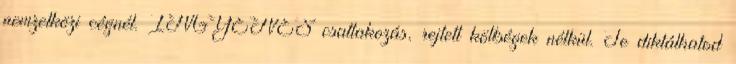
nemzetközi cégnél. INGYENES csatlakozás, rejtett költségek nélkül. Te diktálhatod